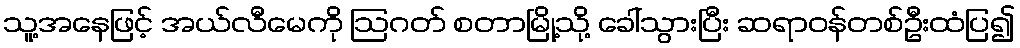
သူ့အနေဖြင့် အယ်လီမေကို ဩဂတ် စတာမြို့သို့ ခေါ်သွားပြီး ဆရာဝန်တစ်ဦးထံပြ၍